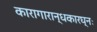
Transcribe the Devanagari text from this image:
कारागारान्धकारघ्नः